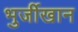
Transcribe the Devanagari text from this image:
भुर्जीखान